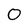
Character: 0